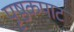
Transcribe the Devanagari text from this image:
पृष्ठकपाट